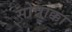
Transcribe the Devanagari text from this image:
सोन्नाक्का